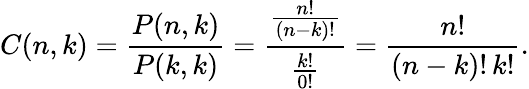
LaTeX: C(n,k)={\frac{P(n,k)}{P(k,k)}}={\frac{\frac{n!}{(n-k)!}}{\frac{k!}{0!}}}={\frac{n!}{(n-k)!\, k!}}.